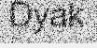
Dyak